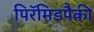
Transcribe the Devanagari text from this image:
पिरॅमिडपैकी